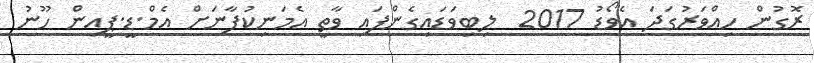
ރޮގުން ހިއްވަރުގަދަ އެވޯޑު 2017  ލިބިވަޑައިގެންފައި ވާތީ އެމަނިކުފާނަށް އެމް.ޑީ.ޕީއިން ހޫނު